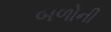
બળોની